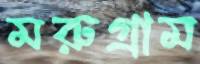
মরুগ্রাম